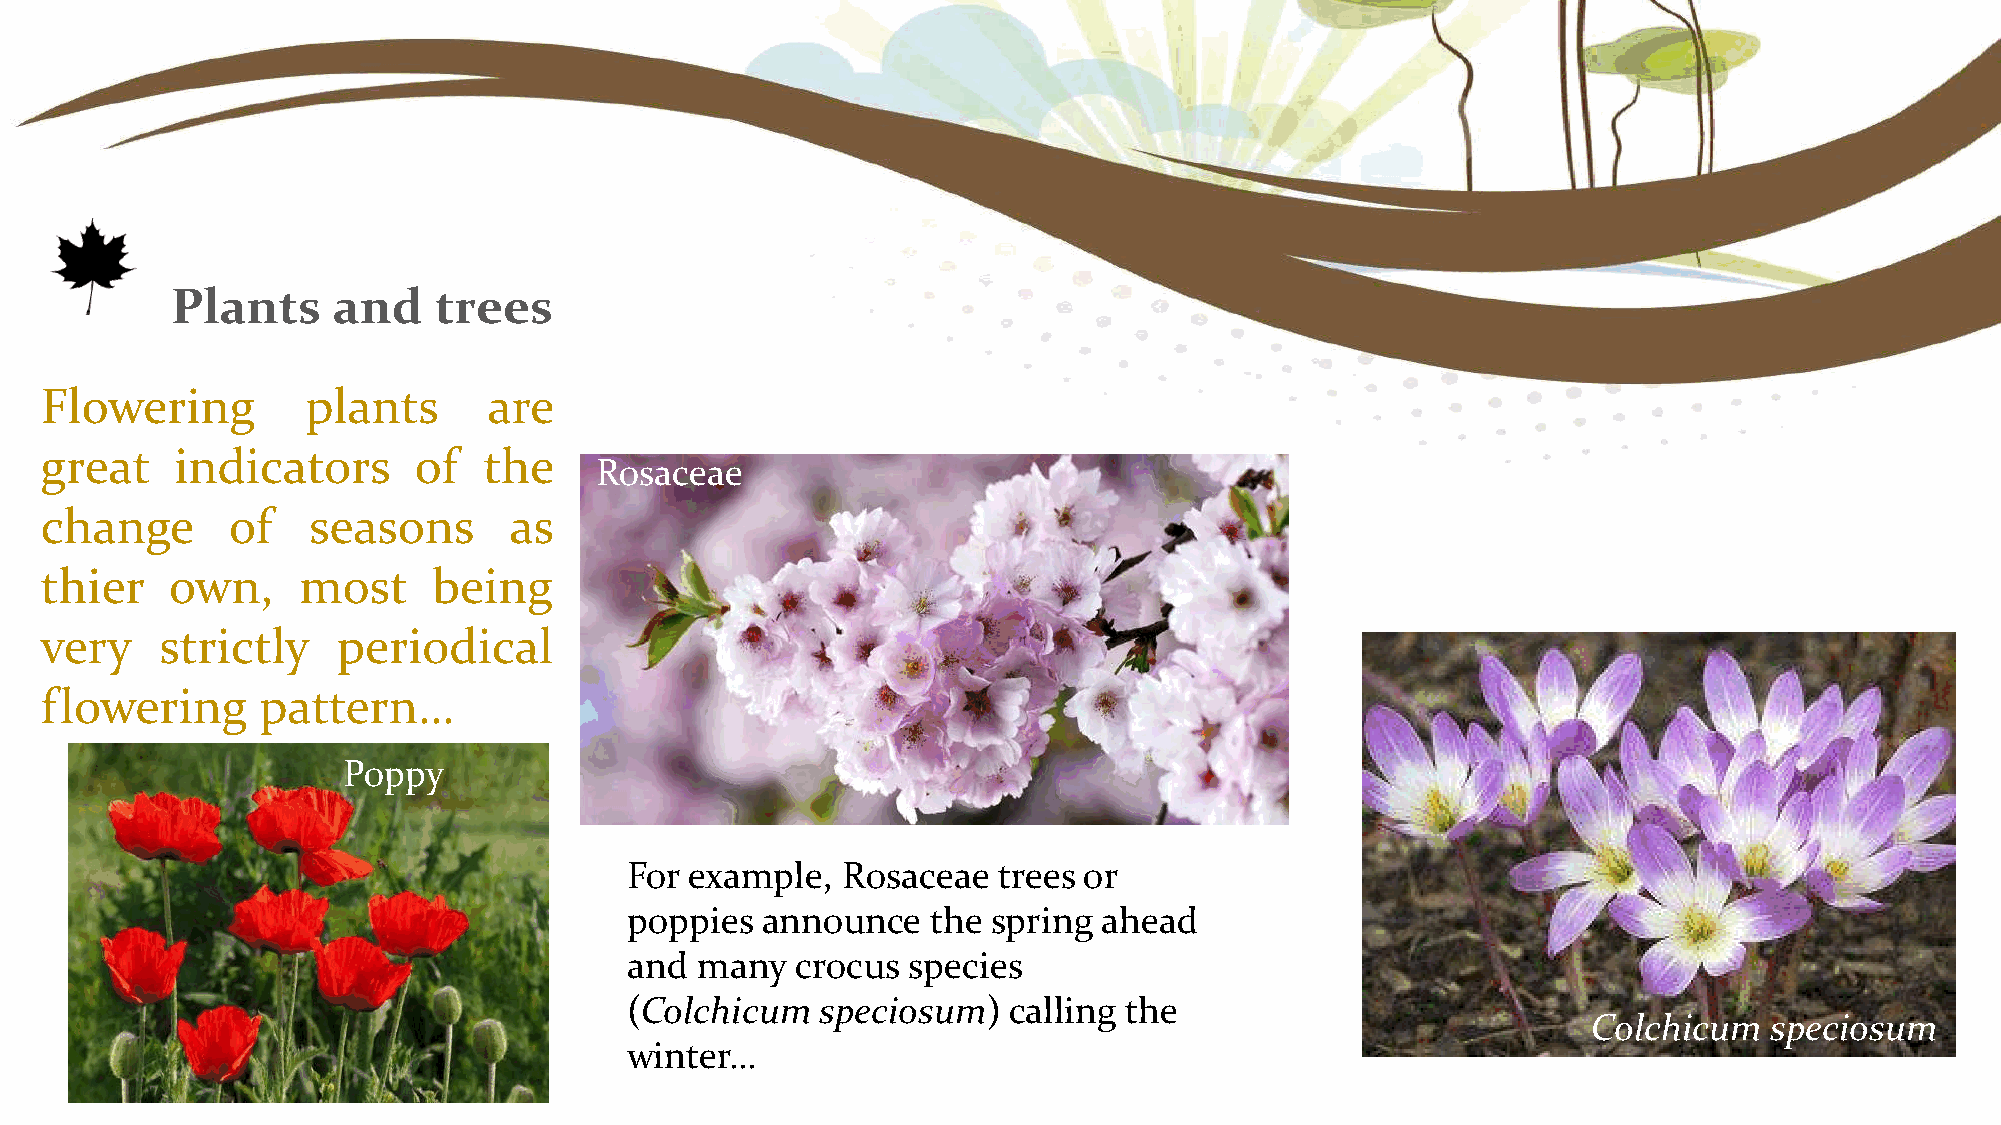
Plants     and    trees
 Flowering        plants      are
 great    indicators     of   the
 Rosaceae
 change      of   seasons       as
 thier   own,     most     being
 very    strictly   periodical
 flowering     pattern…
 Poppy
 For  example,  Rosaceae  trees or
 poppies  announce    the spring ahead
 and  many   crocus species
 (Colchicum   speciosum)   calling the
 Colchicum   speciosum
 winter…